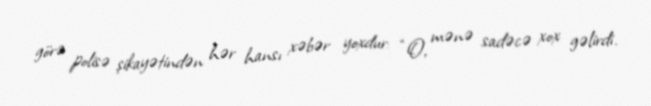
görə polisə şikayətindən hər hansı xəbər yoxdur: “O, mənə sadəcə xox gəlirdi.